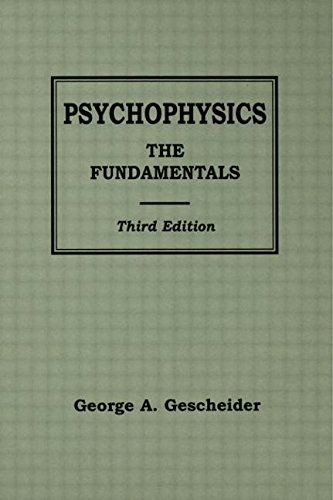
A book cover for Psychophysics: The Fundamentals; George A. Gescheider; Medical Books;